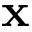
\mathbf { x }